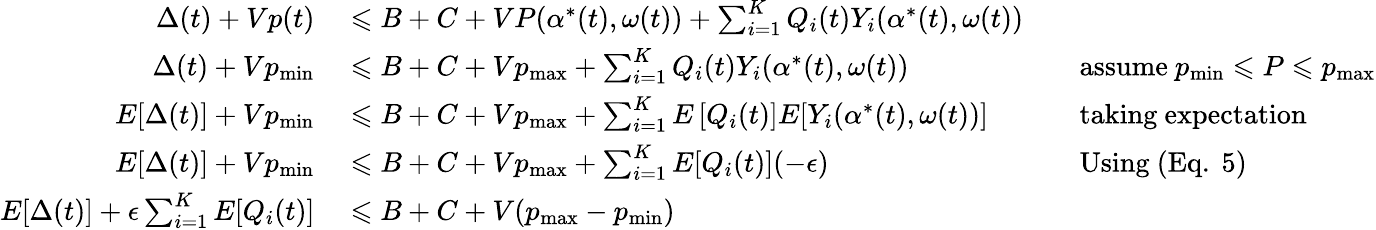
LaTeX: \begin{array}{rlrl}{\Delta(t)+Vp(t)}&{{}\leqslant B+C+VP(\alpha^{*}(t),\omega(t))+\sum_{i=1}^{K}Q_{i}(t)Y_{i}(\alpha^{*}(t),\omega(t))}\\ {\Delta(t)+Vp_{\operatorname*{min}}}&{{}\leqslant B+C+Vp_{\operatorname*{max}}+\sum_{i=1}^{K}Q_{i}(t)Y_{i}(\alpha^{*}(t),\omega(t))}&{}&{{}{\mathrm{assume~}}p_{\operatorname*{min}}\leqslant P\leqslant p_{\operatorname*{max}}}\\ {E[\Delta(t)]+Vp_{\operatorname*{min}}}&{{}\leqslant B+C+Vp_{\operatorname*{max}}+\sum_{i=1}^{K}E\left[Q_{i}(t)]E[Y_{i}(\alpha^{*}(t),\omega(t))\right]}&{}&{{}{\mathrm{taking~expectation}}}\\ {E[\Delta(t)]+Vp_{\operatorname*{min}}}&{{}\leqslant B+C+Vp_{\operatorname*{max}}+\sum_{i=1}^{K}E[Q_{i}(t)](-\epsilon)}&{}&{{}{\mathrm{Using~(Eq.~5)}}}\\ {E[\Delta(t)]+\epsilon\sum_{i=1}^{K}E[Q_{i}(t)]}&{{}\leqslant B+C+V(p_{\operatorname*{max}}-p_{\operatorname*{min}})}\end{array}